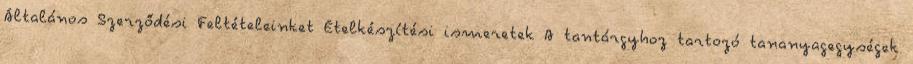
Általános Szerződési Feltételeinket Ételkészítési ismeretek A tantárgyhoz tartozó tananyagegységek